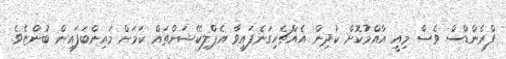
ފްރެންޑްސް ވެސް މިއީ އާއްމުކޮށް ކުދިން އެއްޗެހިގަނެފައިވާ އެޕްލިކޭޝަންތައް ކަމަށް މައިންބަފައިން ބުންޏެވެ.